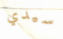
سيدي